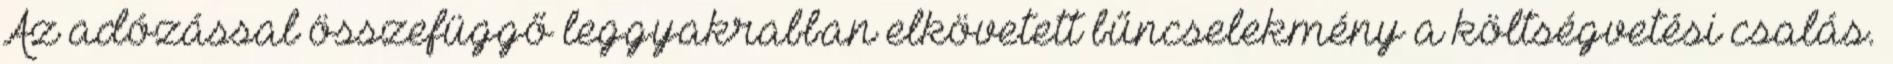
Az adózással összefüggő leggyakrabban elkövetett bűncselekmény a költségvetési csalás.